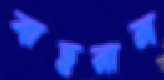
বাহরাম